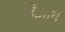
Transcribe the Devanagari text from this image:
लिझार्ड